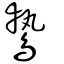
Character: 鷙